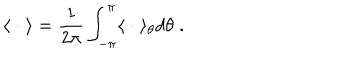
\langle \; \cdot \; \rangle = \frac { 1 } { 2 \pi } \int _ { - \pi } ^ { \pi } \langle \; \cdot \; \rangle _ { \theta } d \theta \; .